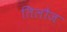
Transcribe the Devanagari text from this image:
तिलौज